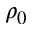
\rho _ { 0 }